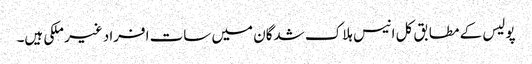
پولیس کے مطابق کل انیس ہلاک شدگان میں سات افراد غیر ملکی ہیں۔